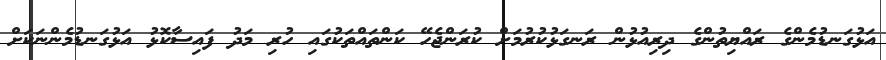
އަޅުގަނޑުމެންގެ ރައްޔިތުންގެ ދިރިއުޅުން ރަނގަޅުކުރުމަށް ކުރަންޖެހޭ ކަންތައްތަކުގައި ހުރި މަދު ފައިސާކޮޅު އަޅުގަނޑުމެންނަކަށް